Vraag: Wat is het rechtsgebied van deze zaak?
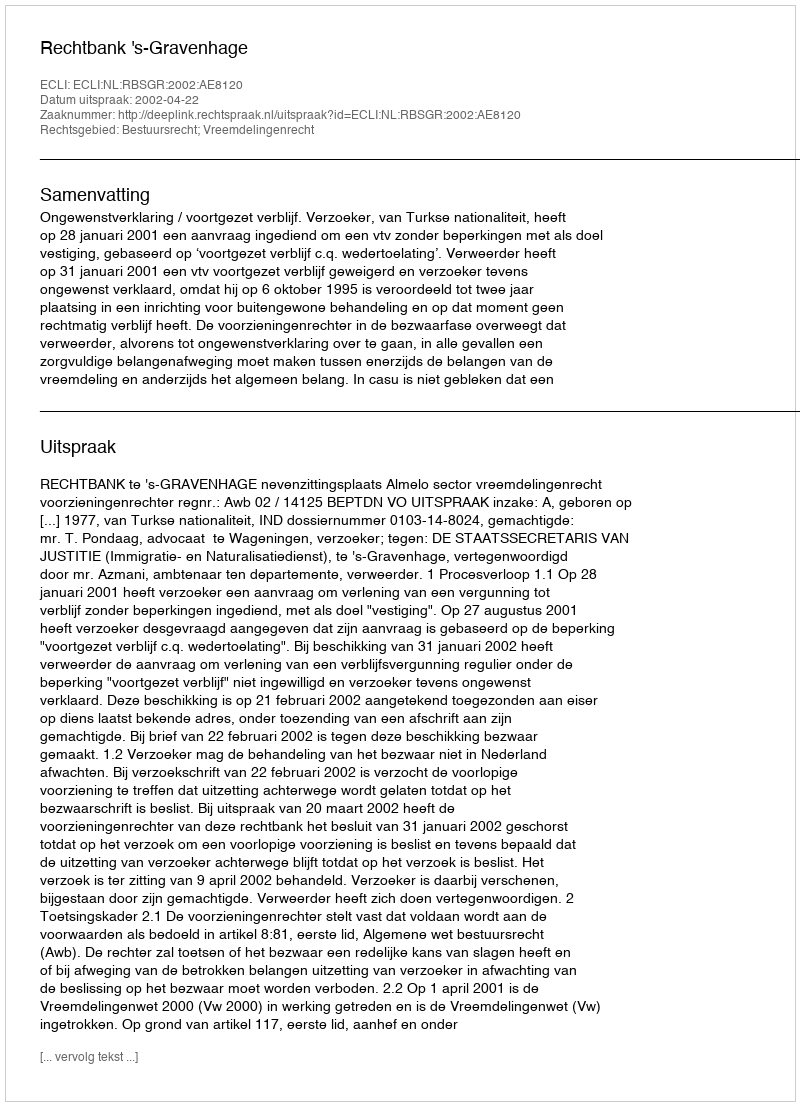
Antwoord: Bestuursrecht; Vreemdelingenrecht